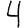
Digit: 4